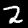
Digit: 2